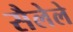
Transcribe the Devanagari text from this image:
सैलेले